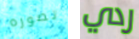
تصوره ردي